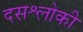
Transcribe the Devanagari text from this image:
दसश्लोकी